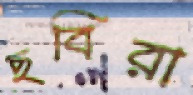
ছবিরা